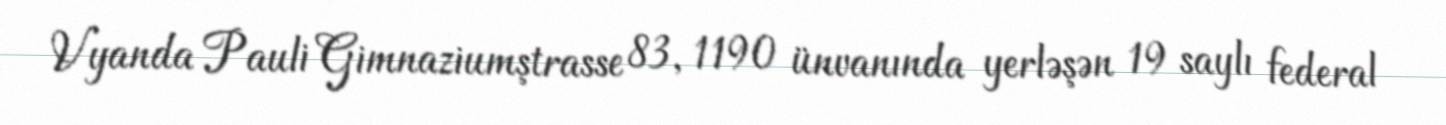
Vyanda Pauli Gimnaziumştrasse 83, 1190 ünvanında yerləşən 19 saylı federal